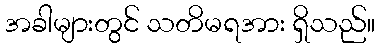
အခါများတွင် သတိမရအား ရှိသည်။